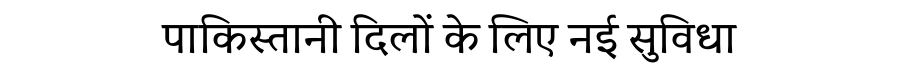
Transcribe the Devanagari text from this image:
पाकिस्तानी दिलों के लिए नई सुविधा